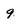
Character: 9